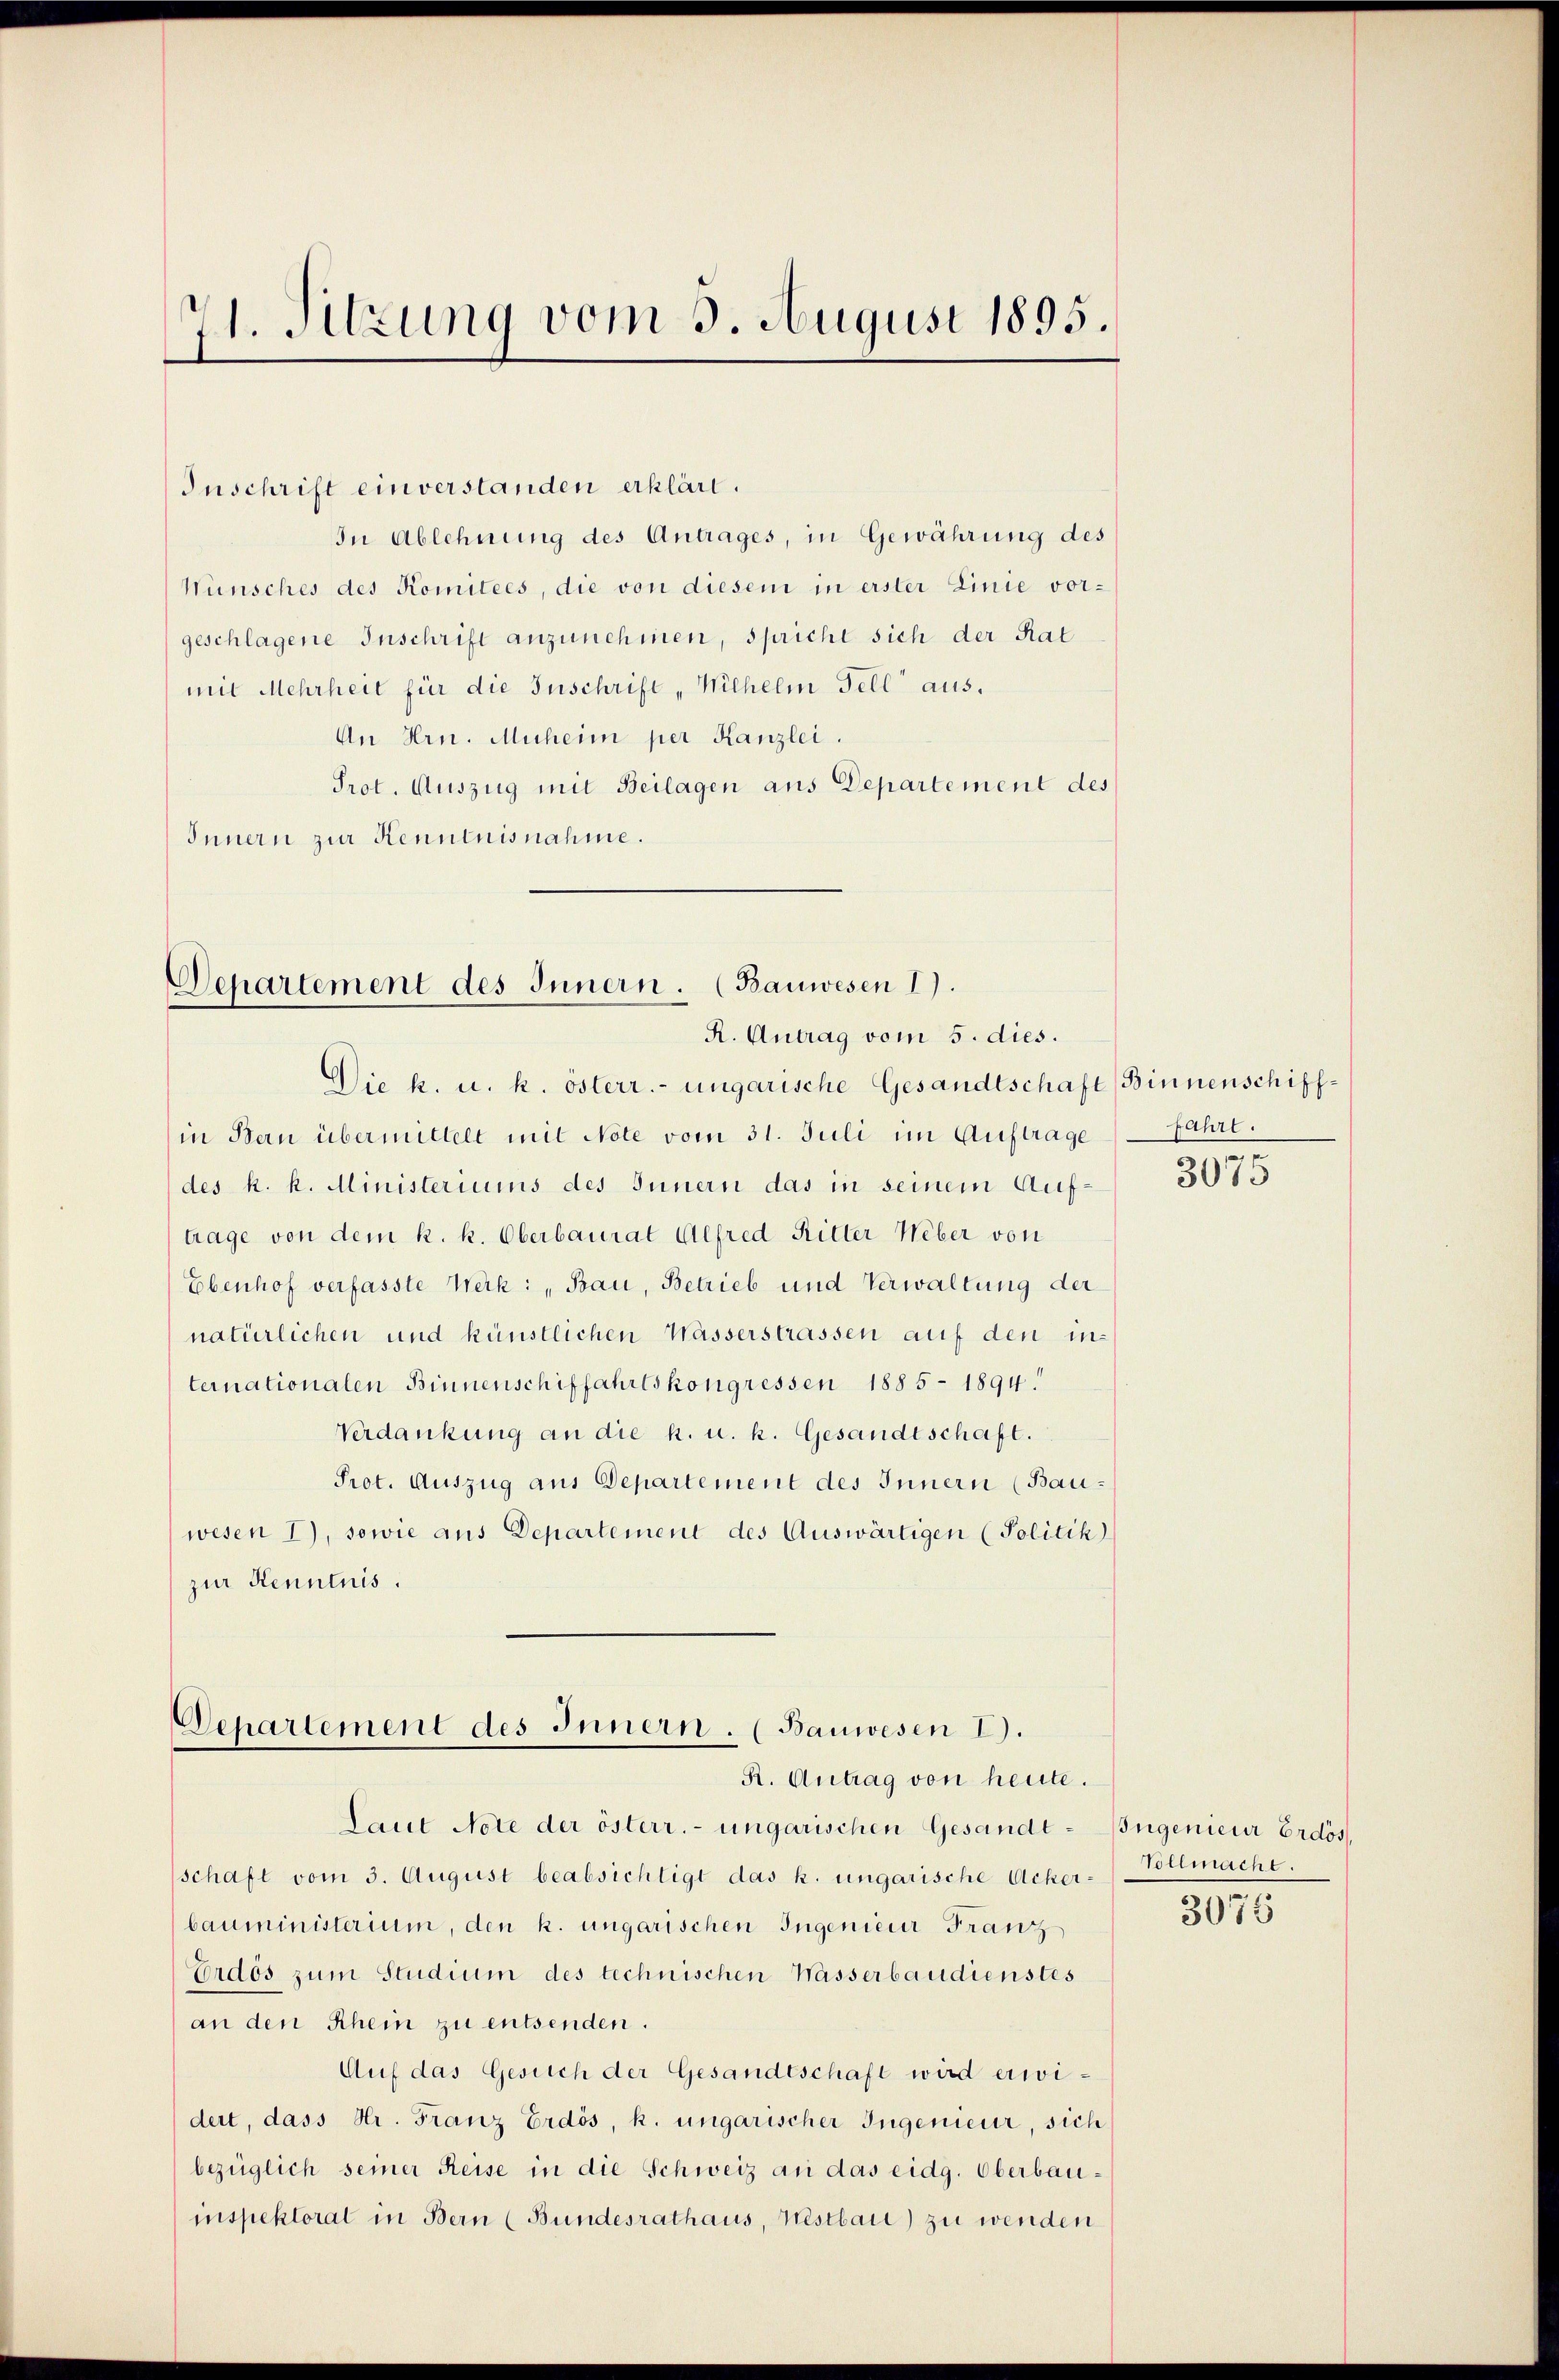
71. Sitzung vom 3. August 1895.

Inschrift einverstanden erklärt.
In Ablehnung des Antrages, in Gewährung des
Wünsches des Komitees, die von diesem in erster Linie vorgeschlagene Inschrift anzunehmen, spricht sich der Rat
mit Mehrheit für die Zuschrift "Wilhelm Fell aus.
An Hrn. Muheim per Kanzlei.
Prot. Auszug mit Beilagen aus Departement des
Innern zur Kenntnisnahme.

Departement des Innern. (Bauwesen 1).
R. Antrag vom 5. dies.

Die k. u. k. österr.- ungarische Gesandtschaft Binnenschiffin Bern übermittelt mit Note vom 31. Juli im Auftrage
des k. k. Ministeriums des Innern das in seinem Auftrage von dem k. k. Oberbaurat Alfred Ritter Weber von
Ebenhof verfasste Werk: „Bau, Betrieb und Verwaltung der
natürlichen und künstlichen Wasserstrassen auf den internationalen Binnenschiffahrtskongressen 1885 - 1894.
Verdankung an die k. u. k. Gesandtschaft.
Prot. Auszug aus Departement des Innern (Bauwesen I), sowie aus Departement des Auswärtigen (Politik
zur Kenntnis.

Departement des Innern. (Bauwesen I).
R. Antrag von heute.

Laut Note der österr. ungarischen Gesandt-Ingenieur Erdös
schaft vom 3. August beabsichtigt das k. ungarische Acker-Vollmacht.
bauministerium, den k. ungarischen Ingenieur Franz
Erdés zŭm Studium des technischen Wasserbaudienstes
an den Rhein zu entsenden.
Auf das Gesuch der Gesandtschaft wird erwidert, dass Hr. Franz Erdös, k. ungarischer Ingenieur, sich
bezüglich seiner Reise in die Schweiz an das eidg. Oberbauinspektorat in Bern (Bundesrathaus, Nestbau) zu wenden

fahrt.

3075

3075